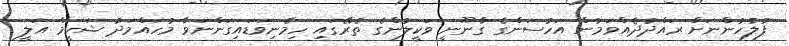
ފުލުހުންނަށް ރައްދުދެއްވަމުން އަހުސަންގެ ގާނޫނީ ވަކީލުންގެ ތެރޭގައި ހިމެނިވަޑައިގަންނަވާ މުހައްމަދު ޝަހީމް އަލީ